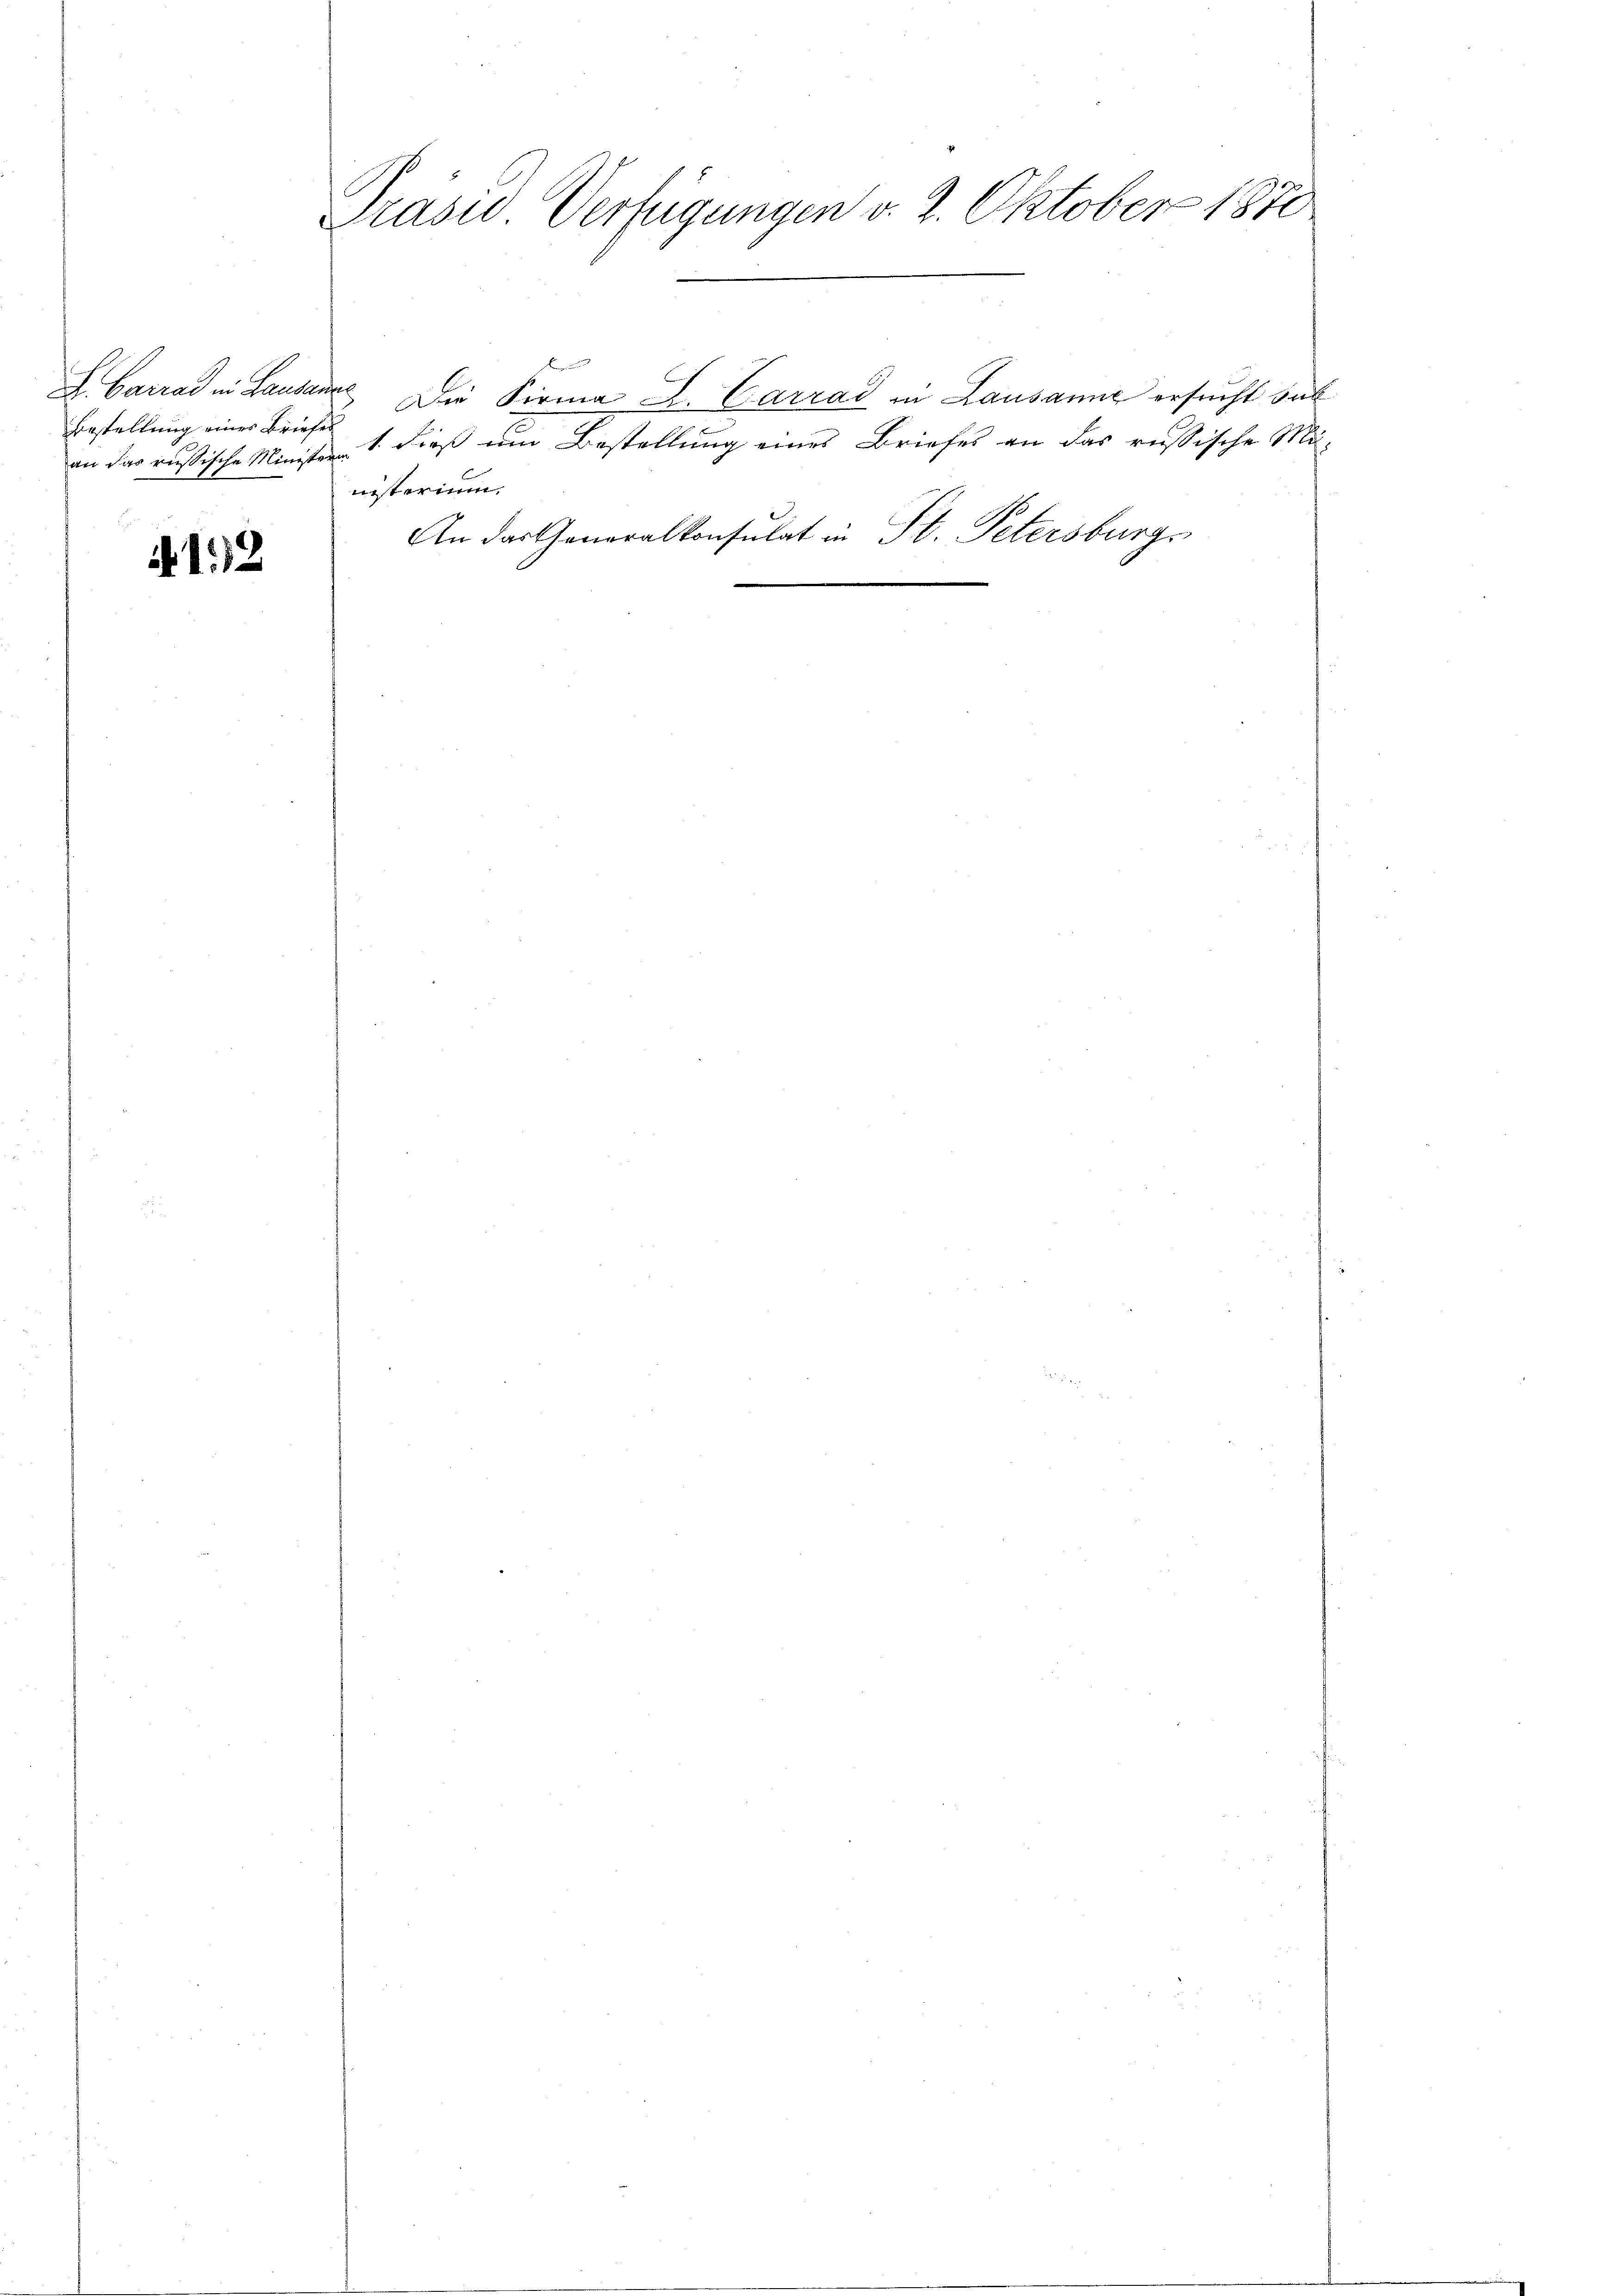
Bestellung eines Briefes

12

Präsid. Verfügungen v. 2. Oktober 1870

Kege
L. Carrad in Lausanne Die Firma L. Carrad in Lausanne ersucht sub
an das russische Minister 1. dieß um Bestellung eines Briefes an das russische Mi-
nisterium,
An das Generalkonsulat in St. Petersburgs